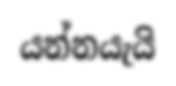
යන්නයැයි